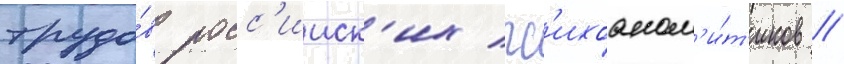
трудо́в росс'ииск'их пс'ихоанал'и́т'иков /